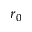
r _ { 0 }